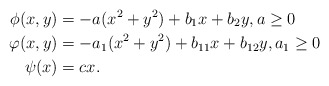
\begin{align*}\phi (x,y) &= -a (x^2 +y^2) +b_1 x +b_2 y, a\geq 0 \\ \varphi (x,y) & = -a_1 (x^2 +y^2) +b_{11} x +b_{12} y, a_1 \geq 0 \\\psi (x) & = cx.\end{align*}